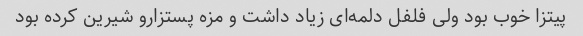
پیتزا خوب بود ولی فلفل دلمه‌ای زیاد داشت و مزه پستزارو شیرین کرده بود